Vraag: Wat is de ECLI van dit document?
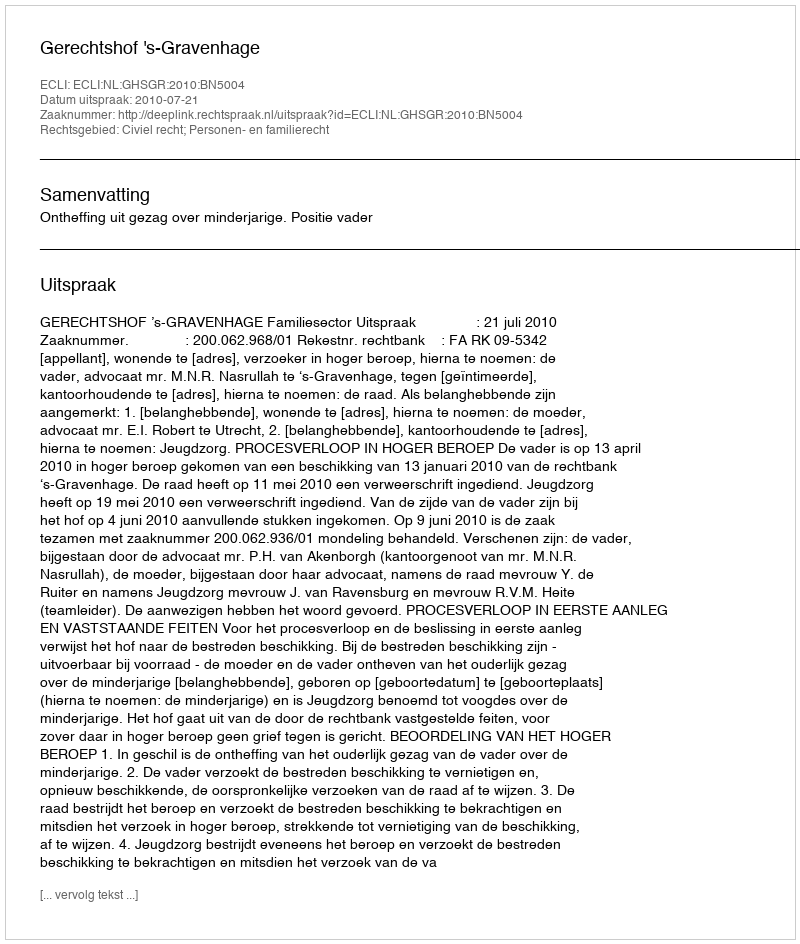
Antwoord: ECLI:NL:GHSGR:2010:BN5004